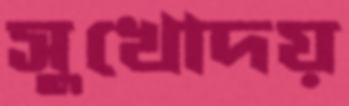
সুখোদয়